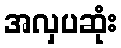
အလှပဆုံး